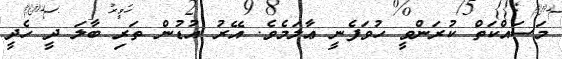
މަސައްކަތް ކުރަންވީ ހުވަފެނީ ޢާލަމެވެ. އޭރު އުޑުން ތަރި ބާލަ ދީ ހެދީ